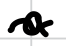
Text: a
Cross-out: wave
Writing tool: digital_black